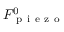
F _ { \mathrm { ~ p ~ i ~ e ~ z ~ o ~ } } ^ { 0 }